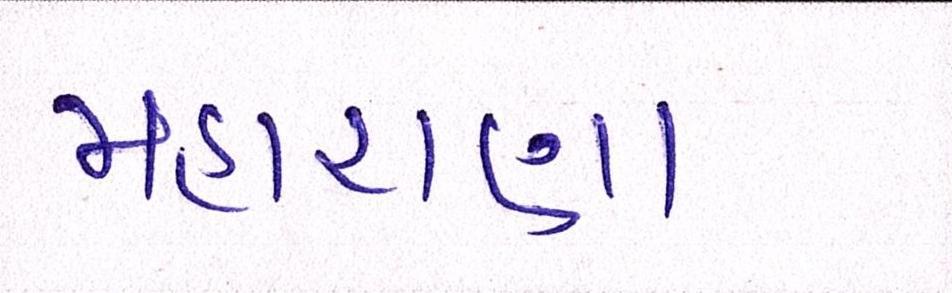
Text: મહારાણા